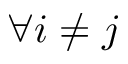
\forall i \ne j